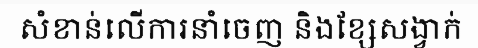
សំខាន់លើការនាំចេញ និងខ្សែសង្វាក់